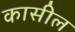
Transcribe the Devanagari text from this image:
कासील